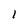
Character: 1